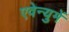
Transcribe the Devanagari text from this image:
एवेन्युमें